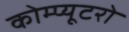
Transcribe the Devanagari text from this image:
कोम्प्यूटरो